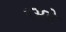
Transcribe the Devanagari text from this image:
रसते